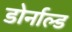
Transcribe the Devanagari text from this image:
डोर्नाल्ड